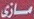
مازی